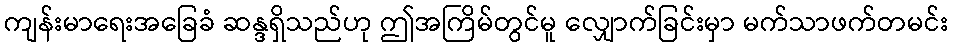
ကျန်းမာရေးအခြေခံ ဆန္ဒရှိသည်ဟု ဤအကြိမ်တွင်မူ လျှောက်ခြင်းမှာ မက်သာဖက်တမင်း